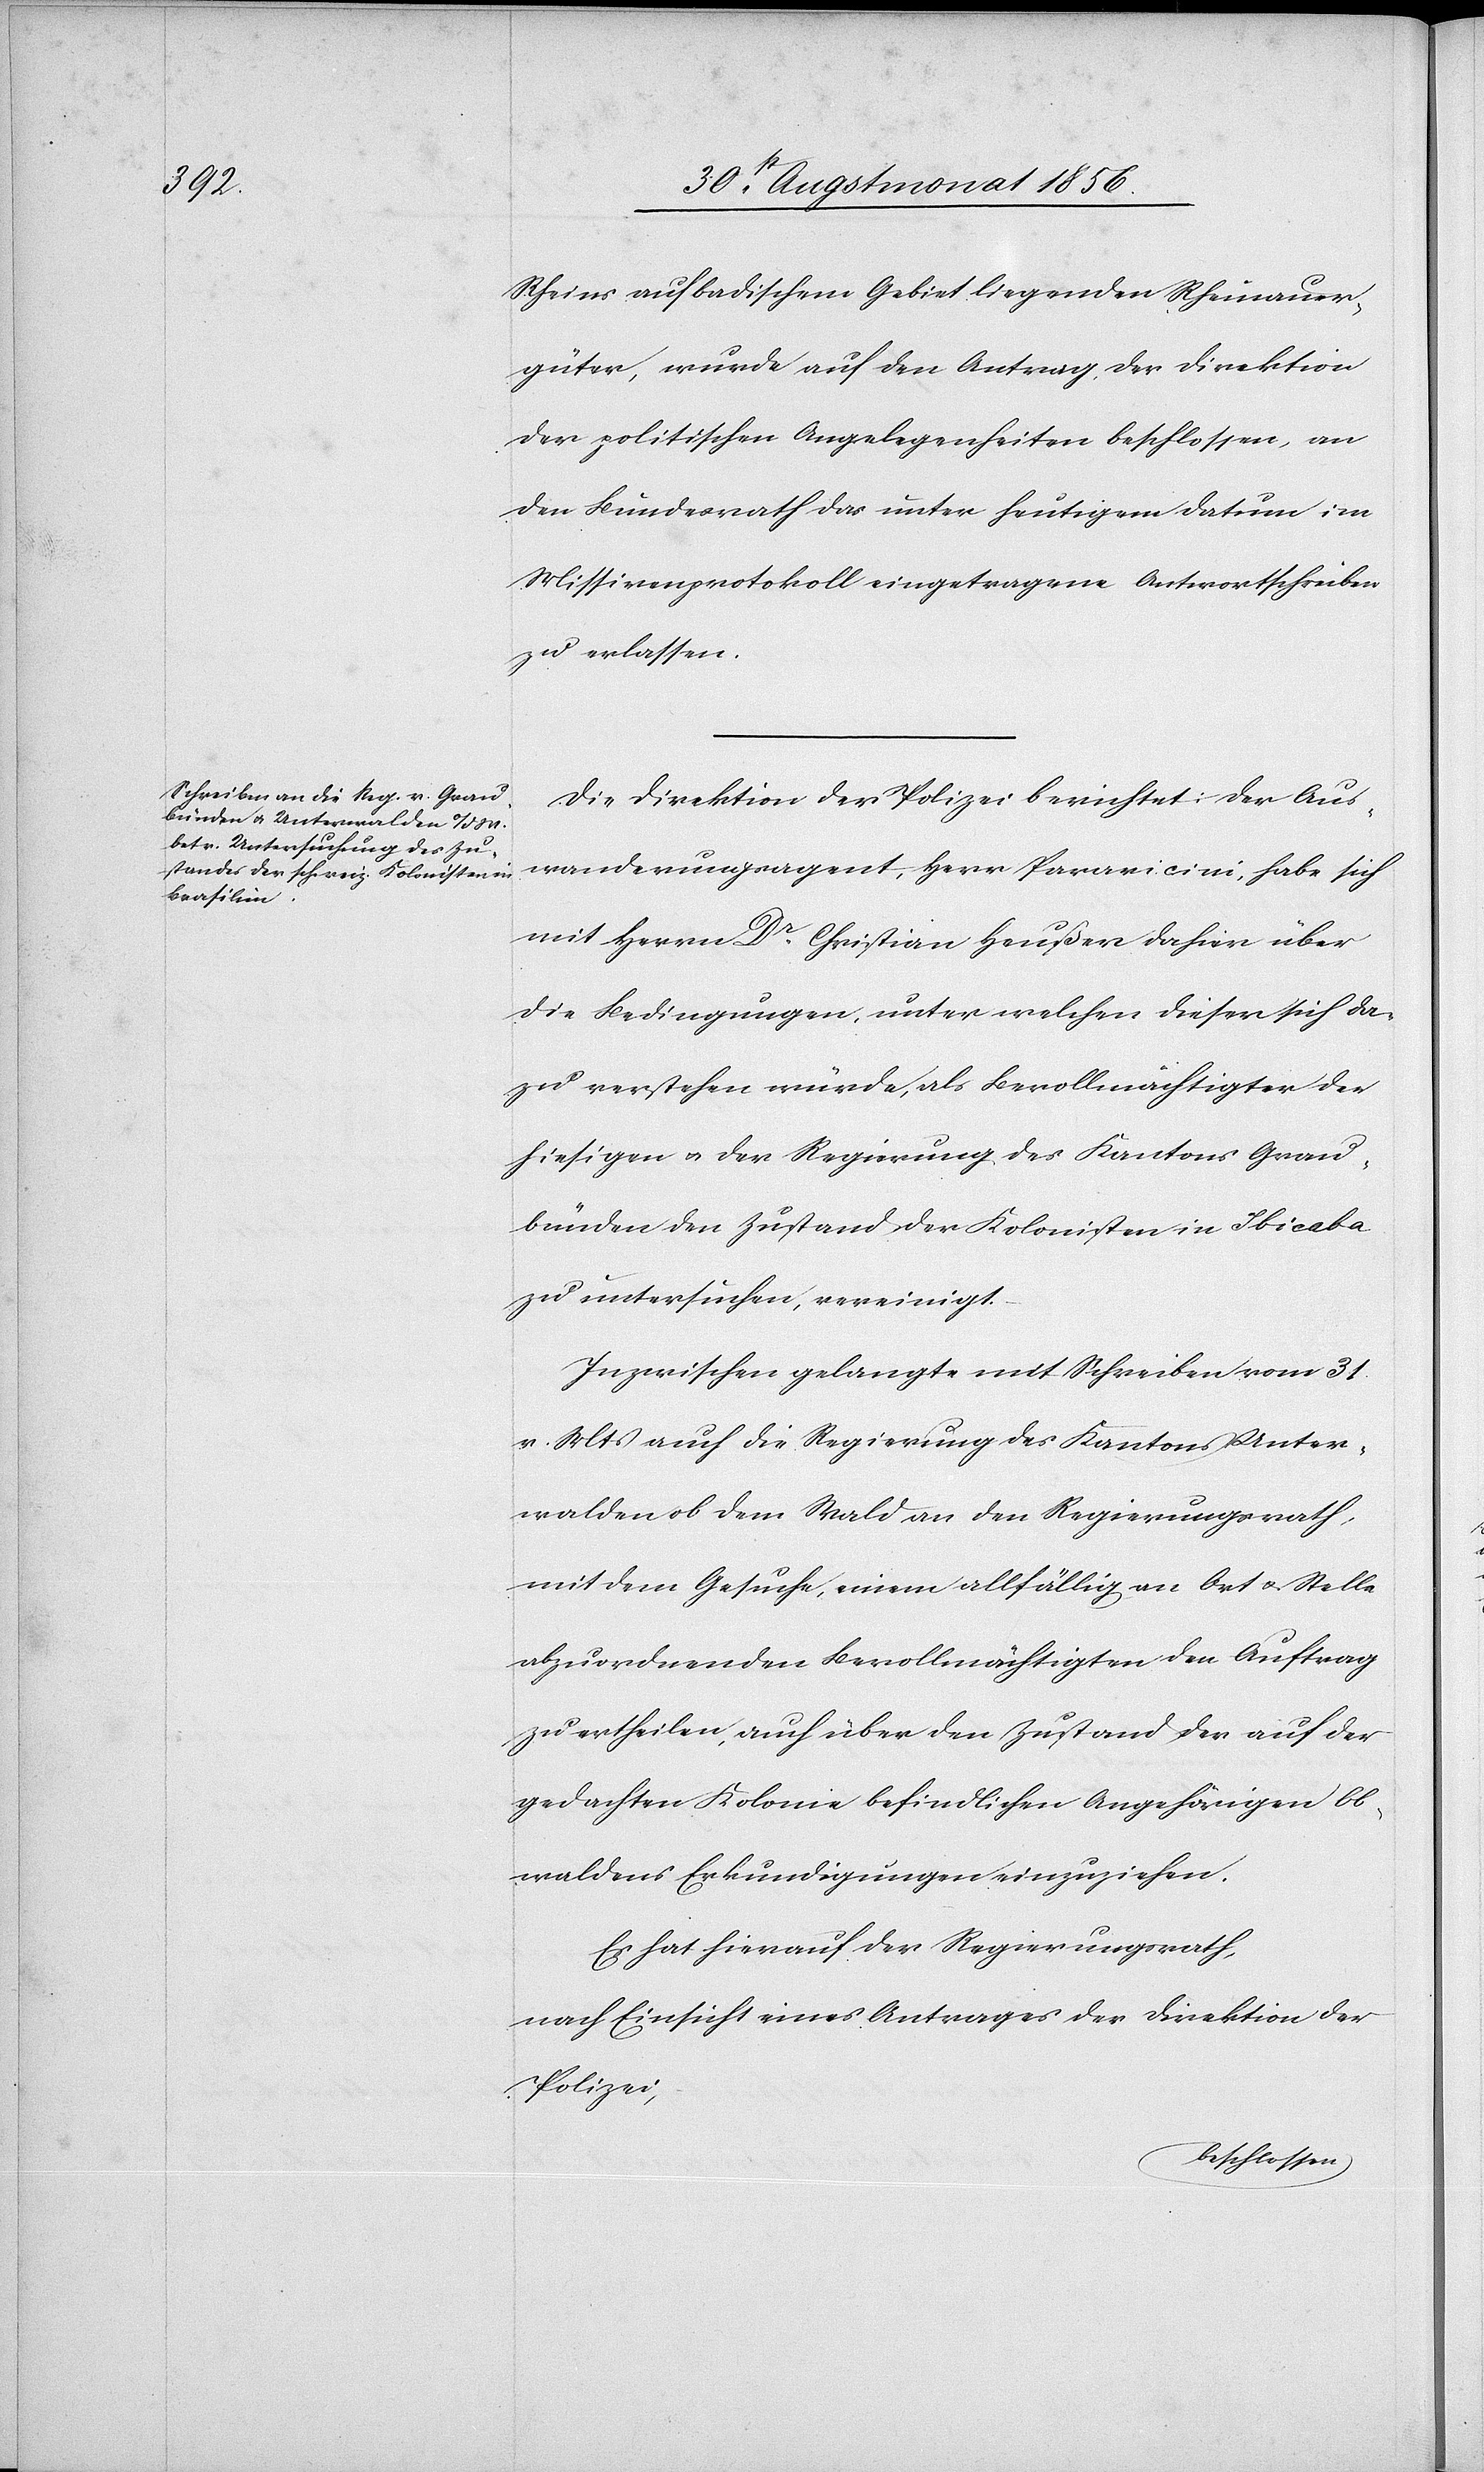
Rheins auf badischem Gebiet liegenden Rheinauer¬
güter, wurde auf den Antrag der Direktion
der politischen Angelegenheiten beschlossen, an
den Bundesrath das unter heutigem Datum im
Missivenprotokoll eingetragene Antwortschreiben
zu erlassen.
Die Direktion der Polizei berichtet: Der Aus¬
wanderungsagent, Herr Paravicini, habe sich
mit Herrn Dr Christian Heußer dahier über
die Bedingungen, unter welchen dieser sich da¬
zu verstehen würde, als Bevollmächtigter der
hiesigen u. der Regierung des Kantons Grau¬
bünden den Zustand der Kolonisten in Ibicaba
zu untersuchen, vereinigt.
Inzwischen gelangte mit Schreiben vom 31.
v. Mts auch die Regierung des Kantons Unter¬
walden ob dem Wald an den Regierungsrath,
mit dem Gesuche, einem allfällig an Ort u. Stelle
abzuordnenden Bevollmächtigten den Auftrag
zu ertheilen, auch über den Zustand der auf der
gedachten Kolonie befindlichen Angehörigen Ob¬
waldens Erkundigungen einzuziehen.
Es hat hierauf der Regierungsrath,
nach Einsicht eines Antrages der Direktion der
Polizei,